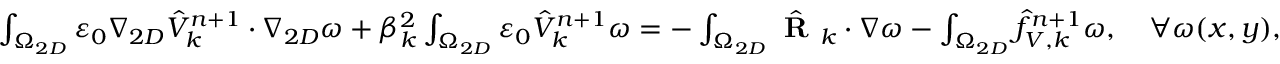
\begin{array} { r l } { \small } & { \int _ { \Omega _ { 2 D } } \varepsilon _ { 0 } \nabla _ { 2 D } \hat { V } _ { k } ^ { n + 1 } \cdot \nabla _ { 2 D } \omega + \beta _ { k } ^ { 2 } \int _ { \Omega _ { 2 D } } \varepsilon _ { 0 } \hat { V } _ { k } ^ { n + 1 } \omega = - \int _ { \Omega _ { 2 D } } \hat { \textbf { R } } _ { k } \cdot \nabla \omega - \int _ { \Omega _ { 2 D } } \hat { f } _ { V , k } ^ { n + 1 } \omega , \quad \forall \omega ( x , y ) , } \end{array}